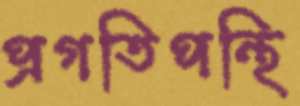
প্রগতিপন্থি